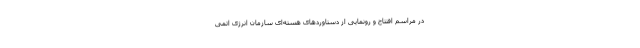
در مراسم افتتاح و رونمایی از دستاوردهای هسته‌ای سازمان انرژی اتمی